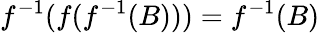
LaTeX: f^{-1}(f(f^{-1}(B)))=f^{-1}(B)